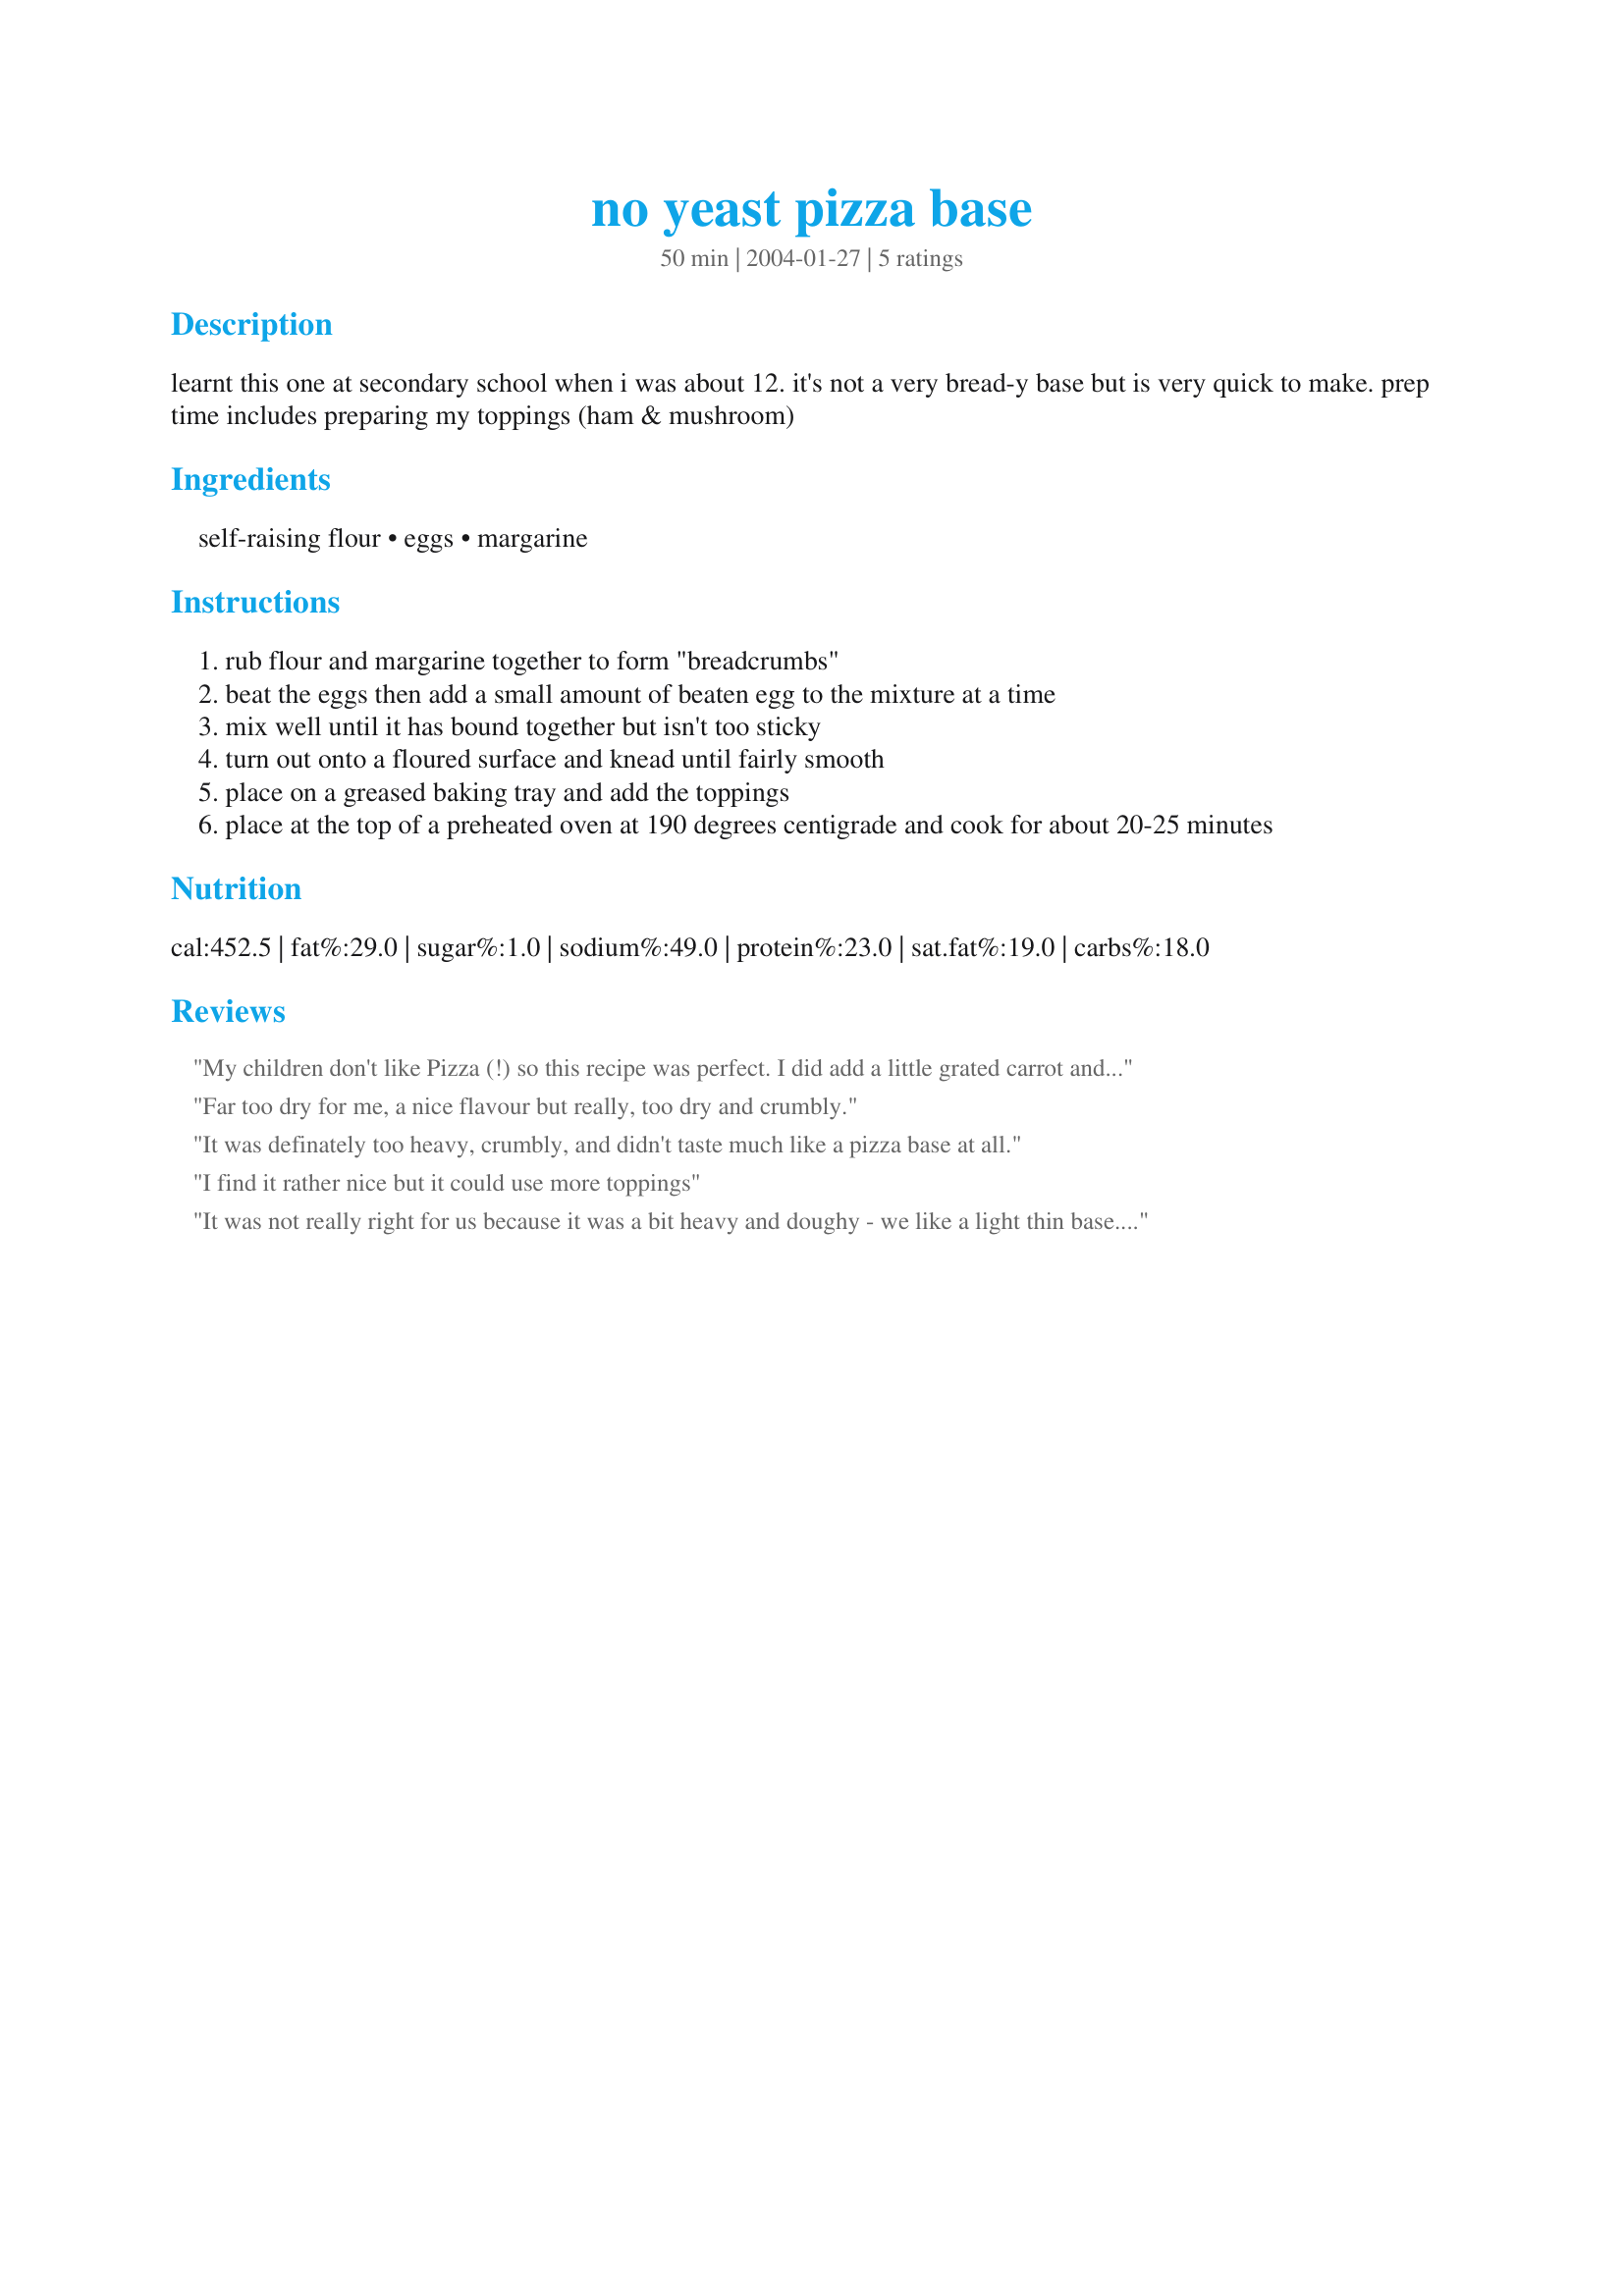
no yeast pizza base
Preparation time: 50 minutes

learnt this one at secondary school when i was about 12. it's not a very bread-y base but is very quick to make. prep time includes preparing my toppings (ham & mushroom)

Ingredients:
self-raising flour, eggs, margarine

Steps:
rub flour and margarine together to form "breadcrumbs"
beat the eggs then add a small amount of beaten egg to the mixture at a time
mix well until it has bound together but isn't too sticky
turn out onto a floured surface and knead until fairly smooth
place on a greased baking tray and add the toppings
place at the top of a preheated oven at 190 degrees centigrade and cook for about 20-25 minutes

Reviews:
My children don't like Pizza (!) so this recipe was perfect. I did add a little grated carrot and onion to the mix - about 1 tbsp of each and some italian seasoning. Have passed recipe on to friends and even pizza eaters love it. Thanks
Far too dry for me, a nice flavour but really, too dry and crumbly.
It was definately too heavy, crumbly, and didn't taste much like a pizza base at all.
I find it rather nice but it could use more toppings
It was not really right for us because it was a bit heavy and doughy - we like a light thin base. Other people might like it though and the instructions were easy to follow.
